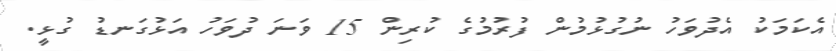
އެކަމަކު އެދުވަހު ނުގުޅުމުން ފުރުމުގެ ކުރިން 15 ވަނަ ދުވަހު އަޅުގަނޑު ގުޅީ.